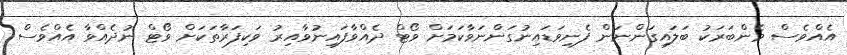
އެއްވެސް މެންބަރަކު ބަލައިގަންނަން ފެނިވަޑައިނުގަންނަވާކަމަށް ވޯޓް ދެއްވާފައިނުވާއިރު ވަކިފަރާތަކަށް ވޯޓް ނުދެއްވާ އެއްވެސް